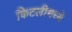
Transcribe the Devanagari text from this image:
किटलीमध्ये